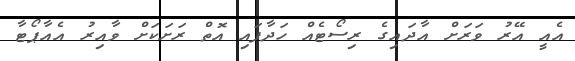
އެއީ އޭރު ވަރަށް އާދައިގެ ރިސޯޓެއް ހަދާފައި އޮތް ރަށަކަށް ވާއިރު އެއާޕޯޓާ